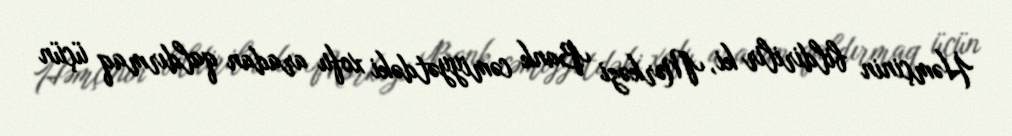
Həmçinin bildirilir ki, Mərkəzi Bank cəmiyyətdəki xofu aradan qaldırmaq üçün